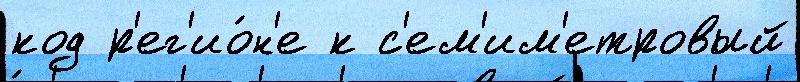
код р'ег'ио́н'е к с'ем'им'етровый